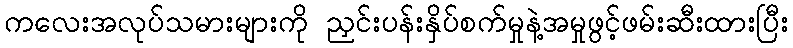
ကလေးအလုပ်သမားများကို ညှင်းပန်းနှိပ်စက်မှုနဲ့အမှုဖွင့်ဖမ်းဆီးထားပြီး